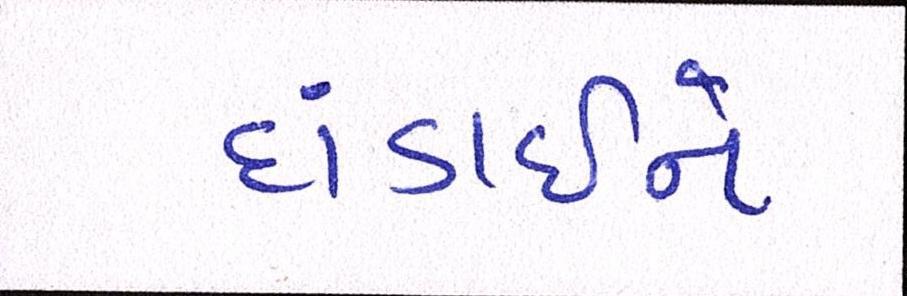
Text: દાંડાઈને